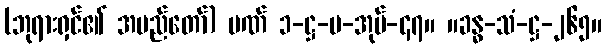
(ဘုရားရှင်၏ အမည်တော်) ပဏ် ၁-ဋ္ဌ-ပ-အုပ်-၄၇။ ။ခန္ဓ-သံ-ဋ္ဌ-၂၆၅။